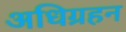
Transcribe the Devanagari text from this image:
अधिग्रहन